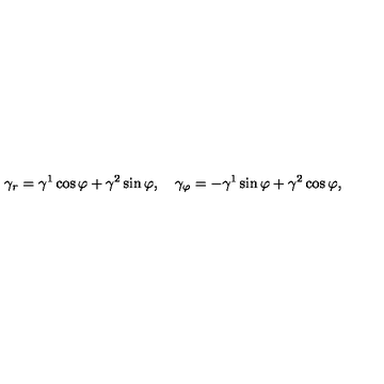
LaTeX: \gamma _ { r } = \gamma ^ { 1 } \cos \varphi + \gamma ^ { 2 } \sin \varphi , \quad \gamma _ { \varphi } = - \gamma ^ { 1 } \sin \varphi + \gamma ^ { 2 } \cos \varphi ,